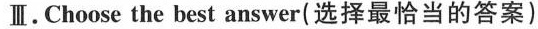
Ⅲ.Choose the best answer(选择最恰当的答案)